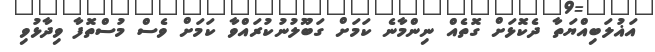
އަޣުލަބިއްޔަތާ ދެކޮޅަށް ގޮތެއް ނިންމާނެ ކަމަށް ގަބޫލުނުކުރައްވާ ކަމަށް ވެސް މުސްތޮފާ ވިދާޅުވި